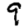
Digit: 9